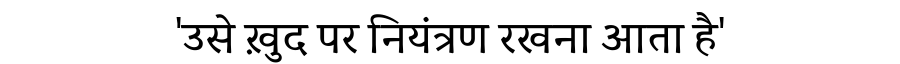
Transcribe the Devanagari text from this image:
'उसे ख़ुद पर नियंत्रण रखना आता है'